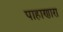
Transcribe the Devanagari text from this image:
पाहाणारा